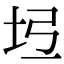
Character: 𡉶